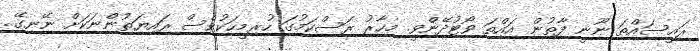
ރައީސައްތަ ނޫނީ ފާތުން އައްތަ ވޯޓުދޭންވީ. މިހާރު ރަސްކަމުގަ ހުރިމީހަކުވެސް ރައިޔަތުންނަކަށް ނޭނގޭ..